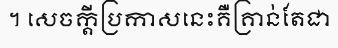
។ សេចក្តីប្រកាសនេះគឺគ្រាន់តែជា